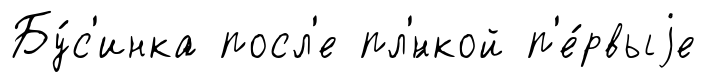
Бу́с'инка посл'е пл'́нкой п'е́рвыjе